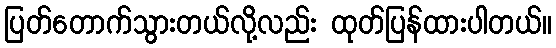
ပြတ်တောက်သွားတယ်လို့လည်း ထုတ်ပြန်ထားပါတယ်။